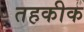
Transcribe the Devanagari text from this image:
तहकीक